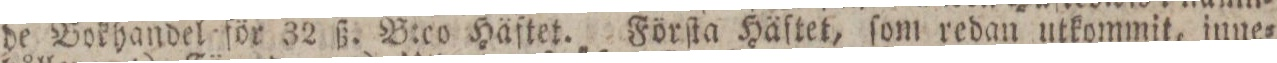
de Bokhandel för 32 ß. B:co Häftet. Förſta Häftet, ſom redan utkommit, inne=